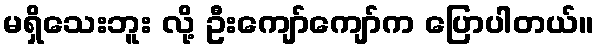
မရှိသေးဘူး လို့ ဦးကျော်ကျော်က ပြောပါတယ်။